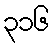
၃၁၆